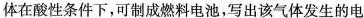
体在酸性条件下，可制成燃料电池，写出该气体发生的电